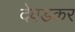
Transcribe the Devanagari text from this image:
देवडकर